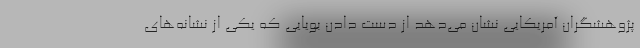
پژوهشگران آمریکایی نشان می‌دهد از دست دادن بویایی که یکی از نشانه‌های